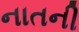
નાતની